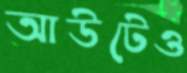
আউটেও